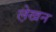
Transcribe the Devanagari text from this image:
ले़खन